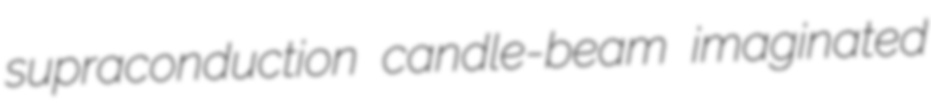
supraconduction candle-beam imaginated